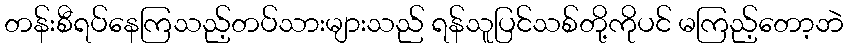
တန်းစီရပ်နေကြသည့်တပ်သားများသည် ရန်သူပြင်သစ်တို့ကိုပင် မကြည့်တော့ဘဲ